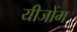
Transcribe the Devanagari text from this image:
यीजोंग